Report on vaccination in the Province of Bengal - 1869-1873
Year: 1869
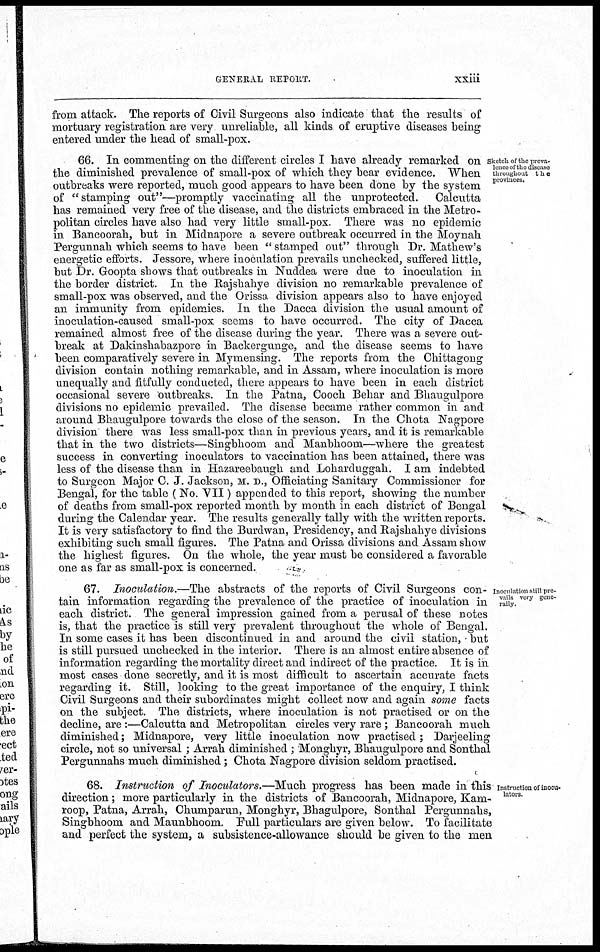
GENERAL REPORT.
xxiii
from attack. The reports of Civil Surgeons also indicate that the results of
mortuary registration are very unreliable, all kinds of eruptive diseases being
entered under the head of small-pox.
Sketch of the preva-
lence of the disease
throughout the
provinces.
66. In commenting on the different circles I have already remarked on
the diminished prevalence of small-pox of which they bear evidence. When
outbreaks were reported, much good appears to have been done by the system
of "stamping out"—promptly vaccinating all the unprotected.
Calcutta
has remained very free of the disease, and the districts embraced in the Metro-
politan circles have also had very little small-pox. There was no epidemic
in Bancoorah, but in Midnapore a severe outbreak occurred in the Moynah
Pergunnah which seems to have been " stamped out" through Dr. Mathew's
energetic efforts. Jessore, where inoculation prevails unchecked, suffered little,
but Dr. Goopta shows that outbreaks in Nuddea were due to inoculation in
the border district. In the Rajshahye division no remarkable prevalence of
small-pox was observed, and the Orissa division appears also to have enjoyed
an immunity from epidemics. In the Dacca division the usual amount of
inoculation-caused small-pox seems to have occurred. The city of Dacca
remained almost free of the disease during the year. There was a severe out-
break at Dakinshabazpore in Backergunge, and the disease seems to have
been comparatively severe in Mymensing. The reports from the Chittagong
division contain nothing remarkable, and in Assam, where inoculation is more
unequally and fitfully conducted, there appears to have been in each district
occasional severe outbreaks. In the Patna, Cooch Behar and Bhaugulpore
divisions no epidemic prevailed. The disease became rather common in and
around Bhaugulpore towards the close of the season. In the Chota Nagpore
division there was less small-pox than in previous years, and it is remarkable
that in the two districts—Singbhoom and Manbhoom—where the greatest
success in converting inoculators to vaccination has been attained, there was
less of the disease than in Hazareebaugh and Loharduggah. I am indebted
to Surgeon Major C. J. Jackson, M. D., Officiating Sanitary Commissioner for
Bengal, for the table ( No. VII) appended to this report, showing the number
of deaths from small-pox reported month by month in each district of Bengal
during the Calendar year. The results generally tally with the written reports.
It is very satisfactory to find the Burdwan, Presidency, and Rajshahye divisions
exhibiting such small figures. The Patna and Orissa divisions and Assam show
the highest figures. On the whole, the year must be considered a favorable
one as far as small-pox is concerned.
Inoculation still pre-
vails very gene-
rally.
67. Inoculation.—The abstracts of the reports of Civil Surgeons con-
tain information regarding the prevalence of the practice of inoculation in
each district. The general impression gained from a perusal of these notes
is, that the practice is still very prevalent throughout the whole of Bengal.
In some cases it has been discontinued in and around the civil station, but
is still pursued unchecked in the interior. There is an almost entire absence of
information regarding the mortality direct and indirect of the practice. It is in
most cases done secretly, and it is most difficult to ascertain accurate facts
regarding it. Still, looking to the great importance of the enquiry, I think
Civil Surgeons and their subordinates might collect now and again some facts
on the subject. The districts, where inoculation is not practised or on the
decline, are:—Calcutta and Metropolitan circles very rare; Bancoorah much
diminished; Midnapore, very little inoculation now practised ; Darjeeling
circle, not so universal ; Arrah diminished ; Monghyr, Bhaugulpore and Sonthal
Pergunnahs much diminished; Chota Nagpore division seldom practised.
Instruction of inocu-
lators.
68. Instruction of Inoculators.—Much progress has been made in this
direction; more particularly in the districts of Bancoorah, Midnapore, Kam-
roop, Patna, Arrah, Chumparun, Monghyr, Bhagulpore, Sonthal Pergunnahs,
Singbhoom and Maunbhoom. Full particulars are given below. To facilitate
and perfect the system, a subsistence-allowance should be given to the men